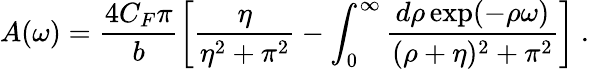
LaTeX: A(\omega)=\frac{4C_{F}\pi}{b}\left[\frac{\eta}{\eta^{2}+\pi^{2}}-\int_{0}^{\infty}\frac{d\rho\exp(-\rho\omega)}{(\rho+\eta)^{2}+\pi^{2}}\right]~.